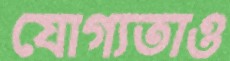
যোগ্যতাও